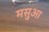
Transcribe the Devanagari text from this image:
मसुआ